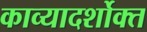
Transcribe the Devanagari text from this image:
काव्यादर्शोक्त